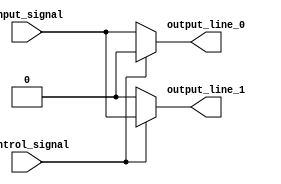
module demultiplexer(
    input wire input_signal,
    input wire control_signal,
    output reg output_line_0,
    output reg output_line_1
);

always @ (*)
begin
    if (control_signal == 0)
        begin
            output_line_0 = input_signal;
            output_line_1 = 0;
        end
    else
        begin
            output_line_0 = 0;
            output_line_1 = input_signal;
        end
end

endmodule